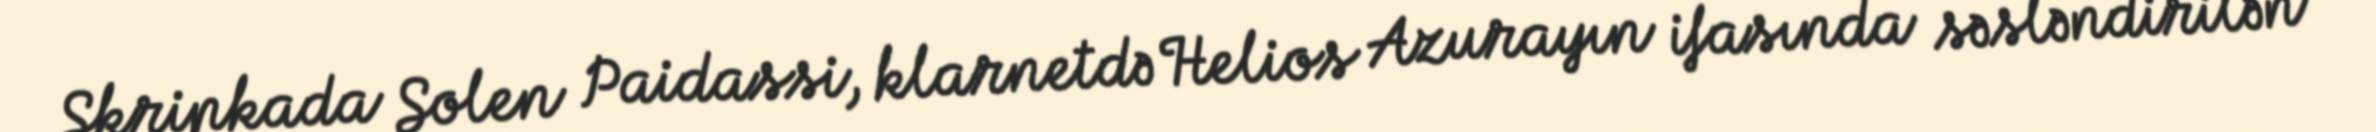
Skripkada Solen Paidassi, klarnetdə Helios Azurayın ifasında səsləndirilən